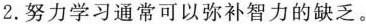
2.努力学习通常可以弥补智力的缺乏.